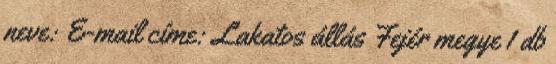
neve: E-mail címe: Lakatos állás Fejér megye 1 db